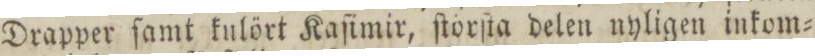
Drapper ſamt kulört Kaſimir, ſtörſta delen nyligen inkom=